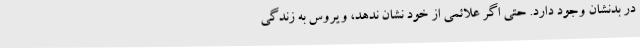
در بدنشان وجود دارد. حتی اگر علائمی از خود نشان ندهد، ویروس به زندگی